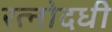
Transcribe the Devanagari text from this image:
रत्नोदधी